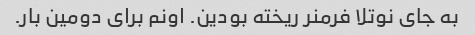
به جای نوتلا فرمنر ریخته بودین. اونم برای دومین بار.